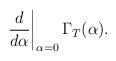
LaTeX: \begin{align*} \left.\frac{d}{d\alpha}\right|_{\alpha=0}\Gamma_T(\alpha).\end{align*}